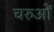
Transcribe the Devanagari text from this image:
चरुओं